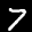
Label: 7